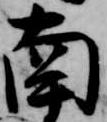
南